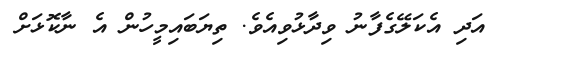
އަދި އެކަލޭގެފާނު ވިދާޅުވިއެވެ. ތިޔަބައިމީހުން އެ ނާކޮޅަށް